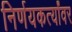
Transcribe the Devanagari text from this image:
निर्णयकर्त्यांवर